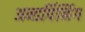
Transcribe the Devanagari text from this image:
अन्डर्पिनिंग